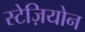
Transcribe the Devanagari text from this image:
स्टेज़ियोन